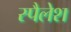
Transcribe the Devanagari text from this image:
स्पैलेश